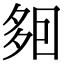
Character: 𡖣